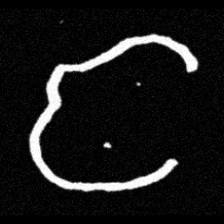
Pyu character \u2014 Myanmar letter: င (romanized: nga)